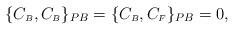
LaTeX: \begin{align*}\{C_{\scriptscriptstyle B},C_{\scriptscriptstyle B}\}_{PB}=\{C_{\scriptscriptstyle B},C_{\scriptscriptstyle F}\}_{PB}=0,\end{align*}